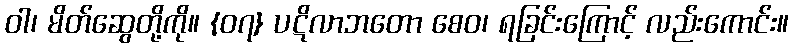
ဝါ၊ မိတ်ဆွေတို့ကို။ {၀၇} ပဋိလာဘတော စေဝ၊ ရခြင်းကြောင့် လည်းကောင်း။